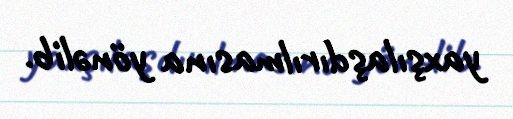
yaxşılaşdırılmasına yönəlib.